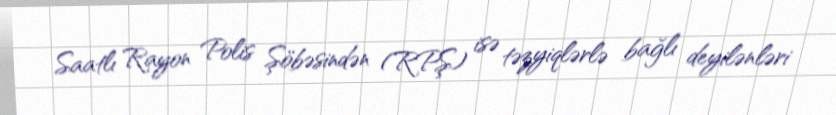
Saatlı Rayon Polis Şöbəsindən (RPŞ) isə təzyiqlərlə bağlı deyilənləri